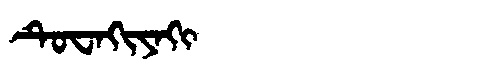
Manchu: ᡨᡠᠸᠠᡴᡳᠶᠠᡴᡳ
Romanization: TUWAKIYAKI